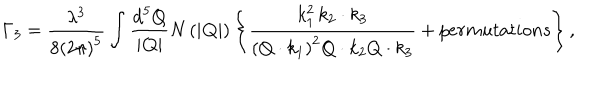
LaTeX: \Gamma _ { 3 } = \frac { \lambda ^ { 3 } } { 8 \left( 2 \pi \right) ^ { 5 } } \int \frac { \mathrm { d } ^ { 5 } Q } { | { \bf Q } | } N \left( | { \bf Q } | \right) \left\{ \frac { k _ { 1 } ^ { 2 } \, k _ { 2 } \cdot k _ { 3 } } { \left( Q \cdot k _ { 1 } \right) ^ { 2 } Q \cdot k _ { 2 } Q \cdot k _ { 3 } } + p e r m u t a t i o n s \right\} ,